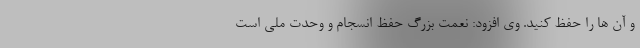
و آن ها را حفظ کنید. وی افزود: نعمت بزرگ حفظ انسجام و وحدت ملی است